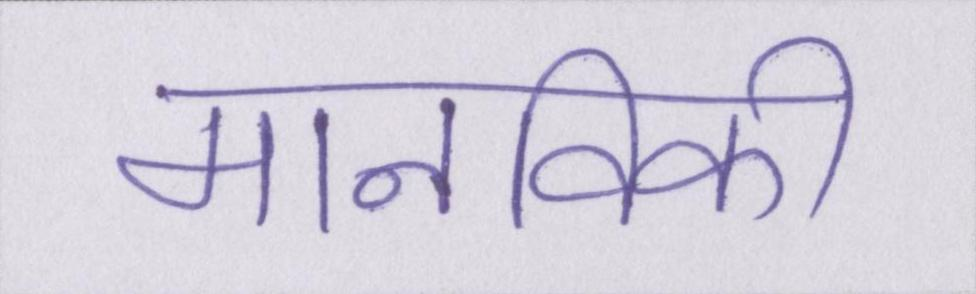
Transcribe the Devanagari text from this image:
मानविकी